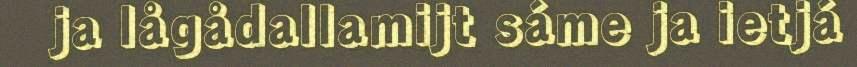
ja lågådallamijt sáme ja ietjá